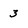
Character: 3